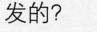
发的？